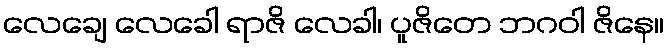
လေချေ လေခေါ ရာဇိ လေခါ၊ ပူဇိတေ ဘဂဝါ ဇိနေ။